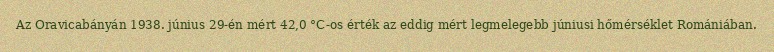
Az Oravicabányán 1938. június 29-én mért 42,0 °C-os érték az eddig mért legmelegebb júniusi hőmérséklet Romániában.